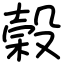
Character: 榖